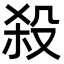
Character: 殺